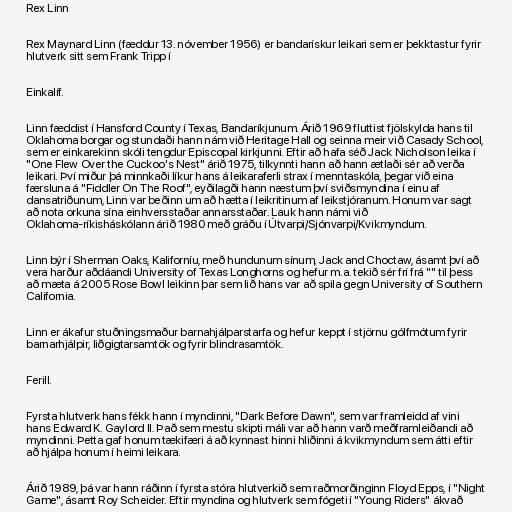
Rex Linn

Rex Maynard Linn (fæddur 13. nóvember 1956) er bandarískur leikari sem er þekktastur fyrir
hlutverk sitt sem Frank Tripp í

Einkalíf.

Linn fæddist í Hansford County í Texas, Bandaríkjunum. Árið 1969 fluttist fjölskylda hans til
Oklahoma borgar og stundaði hann nám við Heritage Hall og seinna meir við Casady School,
sem er einkarekinn skóli tengdur Episcopal kirkjunni. Eftir að hafa séð Jack Nicholson leika í
"One Flew Over the Cuckoo's Nest" árið 1975, tilkynnti hann að hann ætlaði sér að verða
leikari. Því miður þá minnkaði líkur hans á leikaraferli strax í menntaskóla, þegar við eina
færsluna á "Fiddler On The Roof", eyðilagði hann næstum því sviðsmyndina í einu af
dansatriðunum, Linn var beðinn um að hætta í leikritinum af leikstjóranum. Honum var sagt
að nota orkuna sína einhversstaðar annarsstaðar. Lauk hann námi við
Oklahoma-ríkisháskólann árið 1980 með gráðu í Útvarpi/Sjónvarpi/Kvikmyndum.

Linn býr í Sherman Oaks, Kaliforníu, með hundunum sínum, Jack and Choctaw, ásamt því að
vera harður aðdáandi University of Texas Longhorns og hefur m.a. tekið sér frí frá "" til þess
að mæta á 2005 Rose Bowl leikinn þar sem lið hans var að spila gegn University of Southern
California.

Linn er ákafur stuðningsmaður barnahjálparstarfa og hefur keppt í stjörnu gólfmótum fyrir
barnarhjálpir, liðgigtarsamtök og fyrir blindrasamtök.

Ferill.

Fyrsta hlutverk hans fékk hann í myndinni, "Dark Before Dawn", sem var framleidd af vini
hans Edward K. Gaylord II. Það sem mestu skipti máli var að hann varð meðframleiðandi að
myndinni. Þetta gaf honum tækifæri á að kynnast hinni hliðinni á kvikmyndum sem átti eftir
að hjálpa honum í heimi leikara.

Árið 1989, þá var hann ráðinn í fyrsta stóra hlutverkið sem raðmorðinginn Floyd Epps, í "Night
Game", ásamt Roy Scheider. Eftir myndina og hlutverk sem fógeti í "Young Riders" ákvað